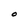
Character: O